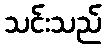
သင်းသည်